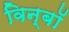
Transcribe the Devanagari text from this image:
विन्बॉ